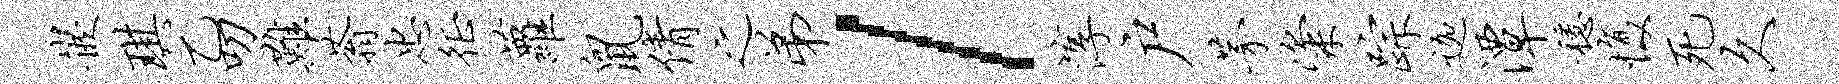
嵌琪乙叨难蓊忠徵萝鼠倩之弟l淳户茅粢踪迦潭稳愎死久